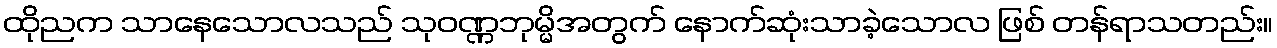
ထိုညက သာနေသောလသည် သုဝဏ္ဏဘုမ္မိအတွက် နောက်ဆုံးသာခဲ့သောလ ဖြစ် တန်ရာသတည်း။